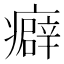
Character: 癖